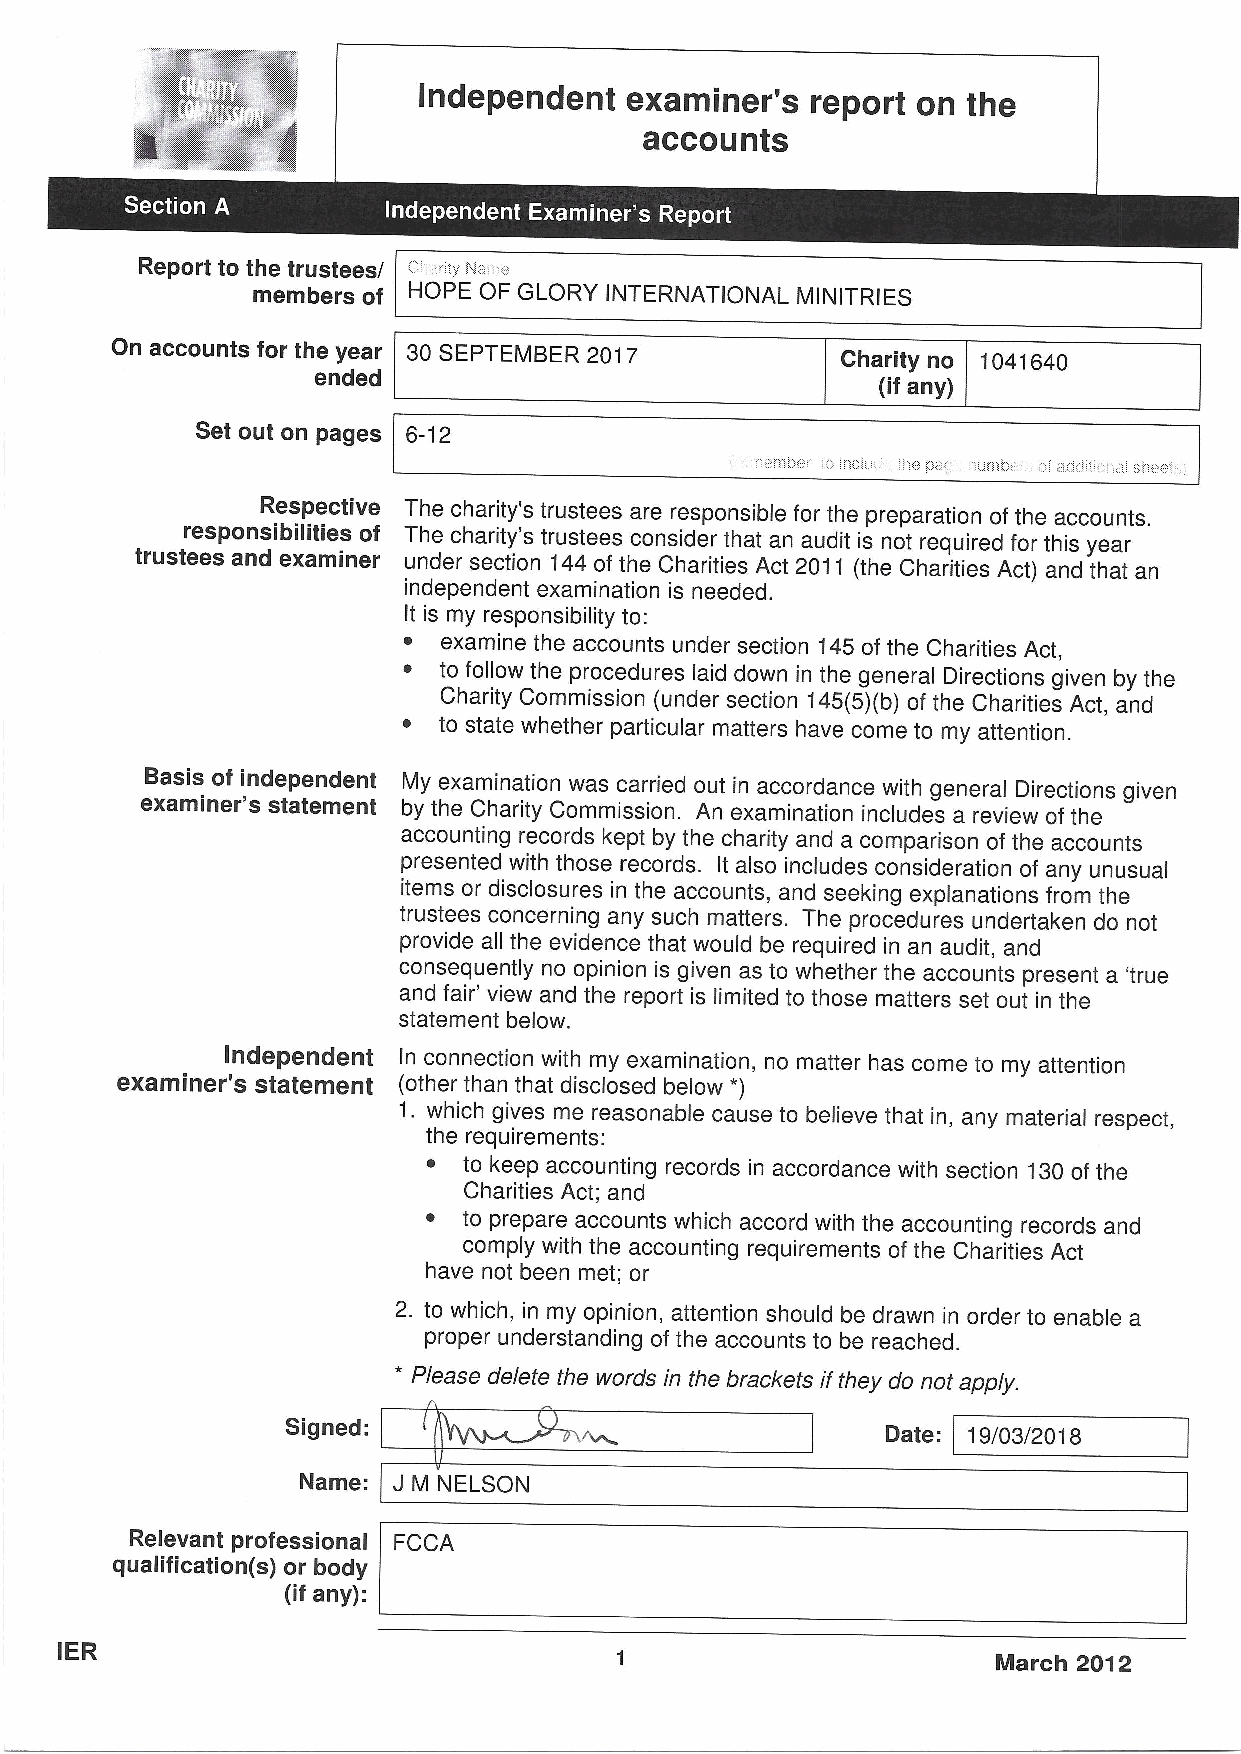
Independent  examiner's   report on the
 accounts
 ~ ~  ~             ~ ~
 Report to the trustees/
 members of HOPE OF GLORY INTERNATIONAL MINITRIES
 On accounts for the year 30 SEPTEMBER 2017
 Charity no 1041640
 ended
 (if any)
 Set out on pages 6-12
 Respective The charity's trustees are responsible for the preparation of the accounts.
 responsibilities of The charity's trustees consider that an audit is not required for this year
 trustees and examiner under section 144 of the Charities Act 2011 (the Charities Act) and that an
 independent examination is needed.
 It is my responsibility to:
 ~ examine the accounts under section 145of the Charities Act,
 ~ to follow the procedures laid down in the general Directions given by the
 Charity Commission (under section 145(5)(b) of the Charities Act, and
 ~ to state whether particular matters have come to my attention.
 Basis of independent My examination was carried out in accordance with general Directions given
 examiner's statement by the Charity Commission. An examination includes a review of the
 accounting records kept by the charity and a comparison of the accounts
 presented with those records. It also includes consideration of any unusual
 items or disclosures in the accounts, and seeking explanations from the
 trustees concerning any such matters. The procedures undertaken do not
 provide all the evidence that would be required in an audit, and
 consequently no opinion is given as to whether the accounts present a 'true
 and fair' view and the report is limited to those matters set out in the
 statement below.
 Independent In connection with my examination, no matter has come to my attention
 examiner's statement (other than that disclosed below *)
 1. which gives me reasonable cause to believe that in, any material respect,
 the requirements:
 ~  to keep accounting records in accordance with section 130of the
 Charities Act; and
 ~  to prepare accounts which accord with the accounting records and
 comply with the accounting requirements of the Charities Act
 have not been met; or
 2. to which, in my opinion, attention should be drawn in order to enable a
 proper understanding of the accounts to be reached.
 *
 Please delete the words in the brackets ifthey do not apply.
 Signed:
 Date: 19/03/2018
 Name: J M NELSON
 Relevant professional FCCA
 qualification(s) or body
 (if any):
 IER
 March 2012